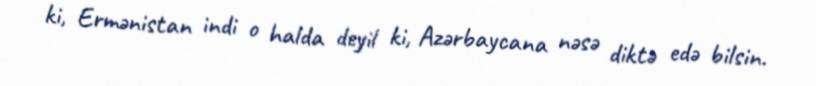
ki, Ermənistan indi o halda deyil ki, Azərbaycana nəsə diktə edə bilsin.